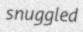
snuggled